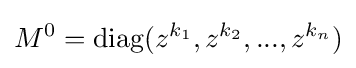
M^{0}=\mathrm {diag} (z^{k_{1}},z^{k_{2}},...,z^{k_{n}})